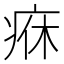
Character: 㾋